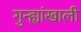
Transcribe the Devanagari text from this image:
गुन्ह्यांखाली